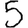
Digit: 5